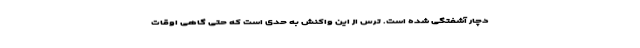
دچار آشفتگی شده است. ترس از این واکنش به حدی است که حتی گاهی اوقات